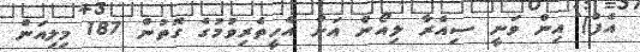
އެފް) އިން ވަނީ ސިއެރާ ލިއޯން އަށް އެހީތެރިވުމުގެ ގޮތުން 187 މިލިއަން